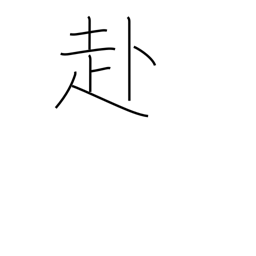
Meaning: tend